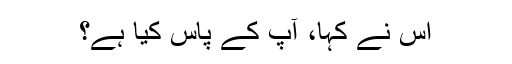
اس نے کہا، آپ کے پاس کیا ہے؟